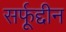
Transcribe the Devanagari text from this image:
सर्फूद्दीन